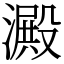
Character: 澱